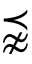
\precnapprox